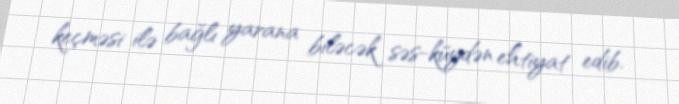
keçməsi ilə bağlı yarana biləcək səs-küydən ehtiyat edib.